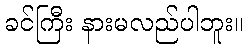
ခင်ကြီး နားမလည်ပါဘူး။